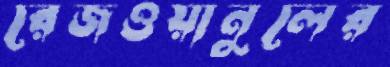
রেজওয়ানুলের